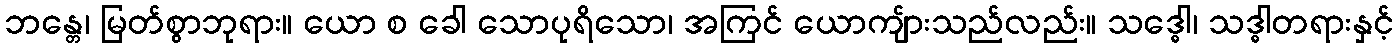
ဘန္တေ၊ မြတ်စွာဘုရား။ ယော စ ခေါ သောပုရိသော၊ အကြင် ယောကျ်ားသည်လည်း။ သဒ္ဓေါ၊ သဒ္ဓါတရားနှင့်